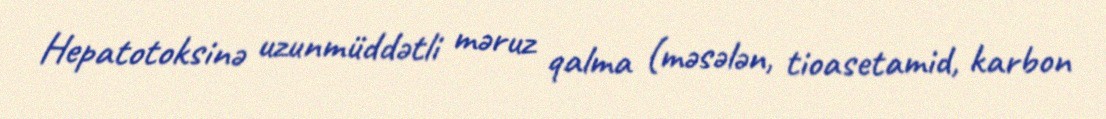
Hepatotoksinə uzunmüddətli məruz qalma (məsələn, tioasetamid, karbon